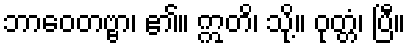
ဘာဝေတဗ္ဗာ၊ ၏။ ဣတိ၊ သို့။ ဝုတ္တံ၊ ပြီ။